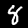
Digit: 8